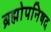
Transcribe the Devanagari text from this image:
ब्रह्मोपनिषद